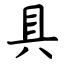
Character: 具